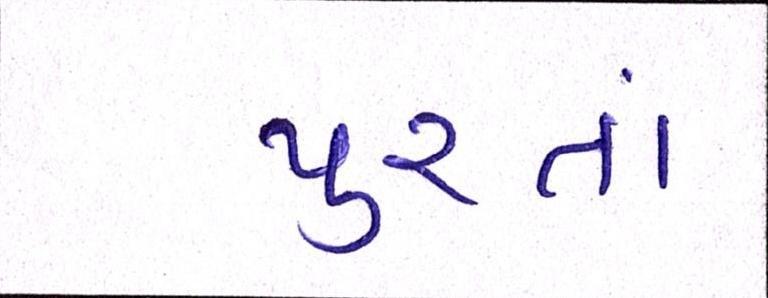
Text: પુરતાં